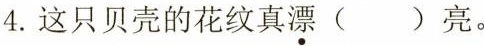
4.这只贝壳的花纹真漂()亮。